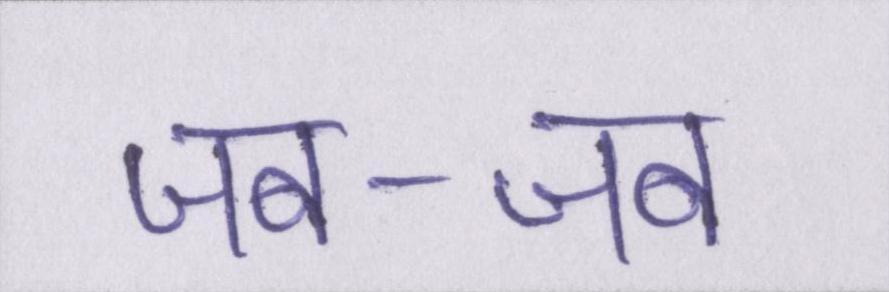
जब-जब